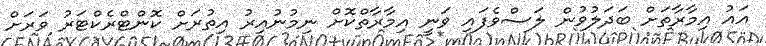
އައު އިމާރާތަށް ބަދަލުވުން ލަސްވެފައި ވަނީ އިމާރާތްކޮށް ނިމުނުއިރު އިތުރަށް ކޮންޓްރެކްޓަރު ވަރަށް